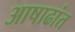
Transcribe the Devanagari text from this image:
आषाढांत